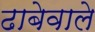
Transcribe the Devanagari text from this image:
ढाबेवाले